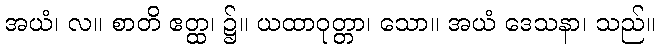
အယံ၊ လ။ စာတိ ဧတ္ထ၊ ၌။ ယထာဝုတ္တာ၊ သော။ အယံ ဒေသနာ၊ သည်။